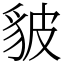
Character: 䝛